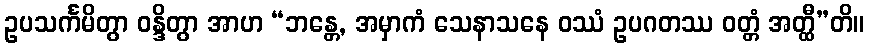
ဥပသင်္ကမိတွာ ဝန္ဒိတွာ အာဟ “ဘန္တေ, အမှာကံ သေနာသနေ ဝဿံ ဥပဂတဿ ဝတ္တံ အတ္ထီ”တိ။